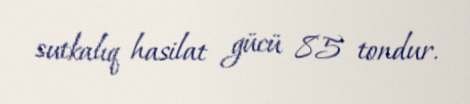
sutkalıq hasilat gücü 85 tondur.